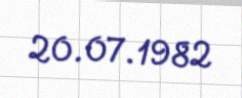
20.07.1982